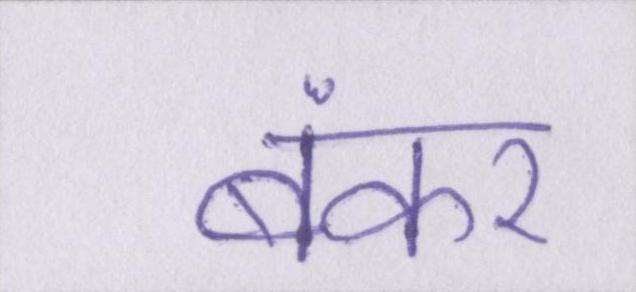
बंकर